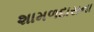
શામળદાસના